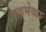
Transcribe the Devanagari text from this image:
एकमेव्या